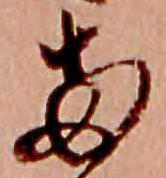
両